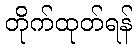
တိုက်ထုတ်ရန်